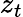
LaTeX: z_{t}